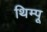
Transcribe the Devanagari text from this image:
थिम्पू